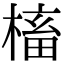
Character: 槒